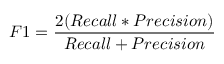
F 1 = \frac { 2 ( R e c a l l * P r e c i s i o n ) } { R e c a l l + P r e c i s i o n }